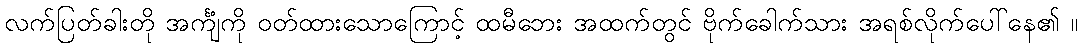
လက်ပြတ်ခါးတို အင်္ကျံကို ဝတ်ထားသောကြောင့် ထမီဘေး အထက်တွင် ဗိုက်ခေါက်သား အရစ်လိုက်ပေါ်နေ၏ ။